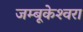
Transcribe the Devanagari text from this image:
जम्बूकेश्‍वरा